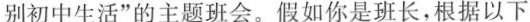
别初中生活”的主题班会。假如你是班长，根据以下